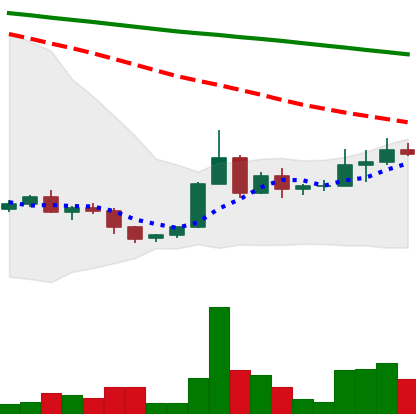
Ticker: ADA-USD
Chart end date: 2022-06-09
Forward return: -23.468%
Label: down_7plus